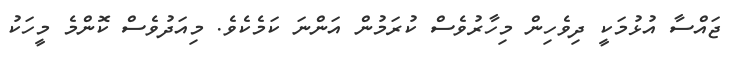
ޖައްސާ އުޅުމަކީ ދިވެހިން މިހާރުވެސް ކުރަމުން އަންނަ ކަމެކެވެ. މިއަދުވެސް ކޮންމެ މީހަކު